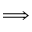
\Longrightarrow